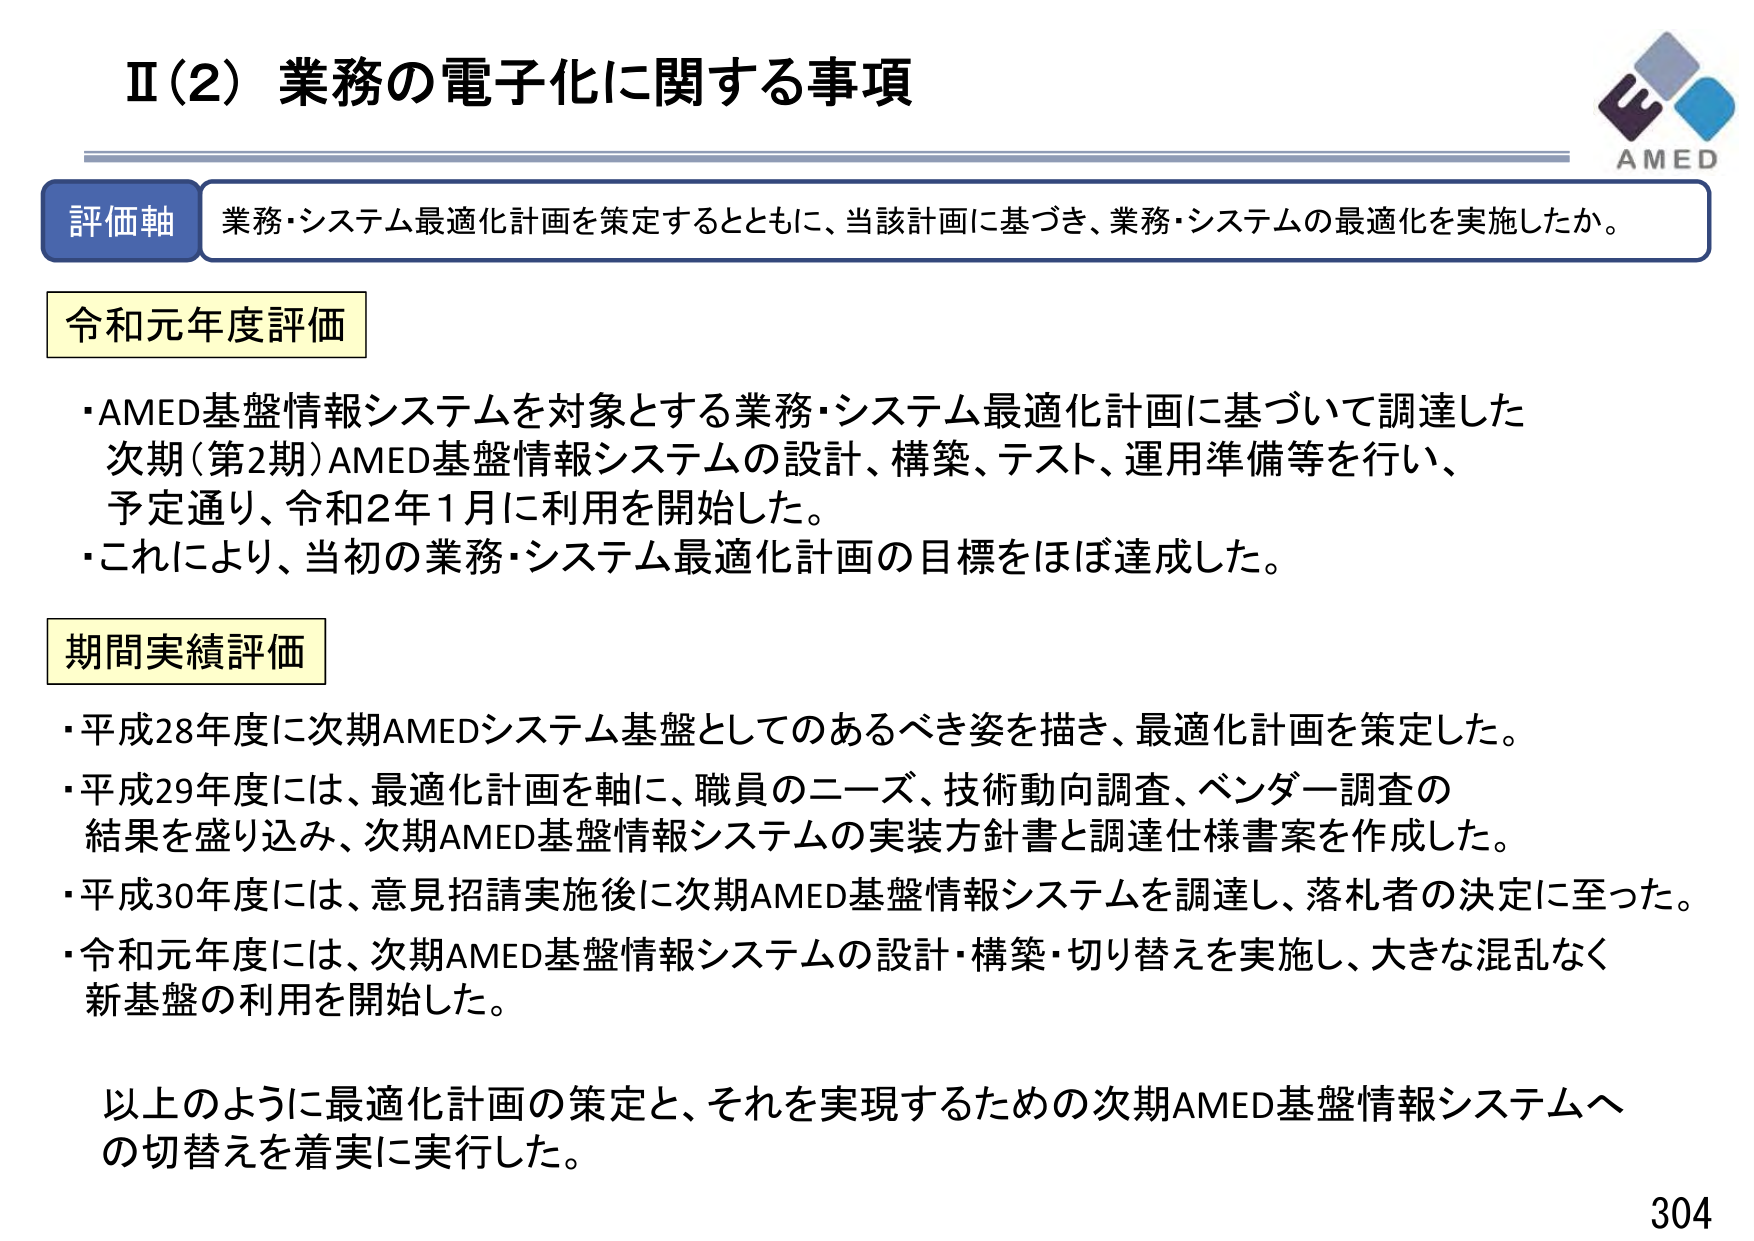
Ⅱ（2）業務の電子化に関する事項

評価軸 業務・システム最適化計画を策定するとともに、当該計画に基づき、業務・システムの最適化を実施したか。

令和元年度評価
・AMED基盤情報システムを対象とする業務・システム最適化計画に基づいて調達した次期（第2期）AMED基盤情報システムの設計、構築、テスト、運用準備等を行い、予定通り、令和2年1月に利用を開始した。
・これにより、当初の業務・システム最適化計画の目標をほぼ達成した。

期間実績評価
・平成28年度に次期AMEDシステム基盤としてのるべき姿を描き、最適化計画を策定した。
・平成29年度には、最適化計画を軸に、職員のニーズ、技術動向調査、ベンダー調査の結果を盛り込み、次期AMED基盤情報システムの実装方針書と調達仕様書案を作成した。
・平成30年度には、意見招請実施後に次期AMED基盤情報システムを調達し、落札者の決定に至った。
・令和元年度には、次期AMED基盤情報システムの設計・構築・切り替えを実施し、大きな混乱なく新基盤の利用を開始した。

以上のように最適化計画の策定と、それを実現するための次期AMED基盤情報システムへの切り替えを着実に実行した。

AMED
304